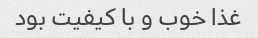
غذا خوب و با کیفیت بود